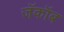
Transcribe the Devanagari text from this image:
जॅकॉब